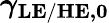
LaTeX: \boldsymbol{\gamma_{\mathrm{LE/HE},0}}